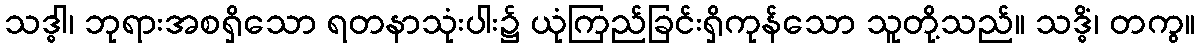
သဒ္ဓါ၊ ဘုရားအစရှိသော ရတနာသုံးပါး၌ ယုံကြည်ခြင်းရှိကုန်သော သူတို့သည်။ သဒ္ဓိံ၊ တကွ။